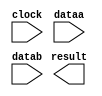
// megafunction wizard: %LPM_ADD_SUB%VBB%
// GENERATION: STANDARD
// VERSION: WM1.0
// MODULE: LPM_ADD_SUB 

// ============================================================
// Megafunction Name(s):
// 			LPM_ADD_SUB
//
// Simulation Library Files(s):
// 			lpm
// ============================================================
// ************************************************************
// THIS IS A WIZARD-GENERATED FILE. DO NOT EDIT THIS FILE!
//
// 11.0 Build 157 04/27/2011 SJ Full Version
// ************************************************************

//Copyright (C) 1991-2011 Altera Corporation
//Your use of Altera Corporation's design tools, logic functions 
//and other software and tools, and its AMPP partner logic 
//functions, and any output files from any of the foregoing 
//(including device programming or simulation files), and any 
//associated documentation or information are expressly subject 
//to the terms and conditions of the Altera Program License 
//Subscription Agreement, Altera MegaCore Function License 
//Agreement, or other applicable license agreement, including, 
//without limitation, that your use is for the sole purpose of 
//programming logic devices manufactured by Altera and sold by 
//Altera or its authorized distributors.  Please refer to the 
//applicable agreement for further details.

module lpm_add_sub1 (
	clock,
	dataa,
	datab,
	result);

	input	  clock;
	input	[14:0]  dataa;
	input	[14:0]  datab;
	output	[14:0]  result;

endmodule

// ============================================================
// CNX file retrieval info
// ============================================================
// Retrieval info: PRIVATE: CarryIn NUMERIC "0"
// Retrieval info: PRIVATE: CarryOut NUMERIC "0"
// Retrieval info: PRIVATE: ConstantA NUMERIC "0"
// Retrieval info: PRIVATE: ConstantB NUMERIC "0"
// Retrieval info: PRIVATE: Function NUMERIC "1"
// Retrieval info: PRIVATE: INTENDED_DEVICE_FAMILY STRING "Cyclone IV E"
// Retrieval info: PRIVATE: LPM_PIPELINE NUMERIC "2"
// Retrieval info: PRIVATE: Latency NUMERIC "1"
// Retrieval info: PRIVATE: Overflow NUMERIC "0"
// Retrieval info: PRIVATE: RadixA NUMERIC "10"
// Retrieval info: PRIVATE: RadixB NUMERIC "16"
// Retrieval info: PRIVATE: Representation NUMERIC "1"
// Retrieval info: PRIVATE: SYNTH_WRAPPER_GEN_POSTFIX STRING "0"
// Retrieval info: PRIVATE: ValidCtA NUMERIC "0"
// Retrieval info: PRIVATE: ValidCtB NUMERIC "0"
// Retrieval info: PRIVATE: WhichConstant NUMERIC "0"
// Retrieval info: PRIVATE: aclr NUMERIC "0"
// Retrieval info: PRIVATE: clken NUMERIC "0"
// Retrieval info: PRIVATE: nBit NUMERIC "15"
// Retrieval info: PRIVATE: new_diagram STRING "1"
// Retrieval info: LIBRARY: lpm lpm.lpm_components.all
// Retrieval info: CONSTANT: LPM_DIRECTION STRING "SUB"
// Retrieval info: CONSTANT: LPM_HINT STRING "ONE_INPUT_IS_CONSTANT=NO,CIN_USED=NO"
// Retrieval info: CONSTANT: LPM_PIPELINE NUMERIC "2"
// Retrieval info: CONSTANT: LPM_REPRESENTATION STRING "UNSIGNED"
// Retrieval info: CONSTANT: LPM_TYPE STRING "LPM_ADD_SUB"
// Retrieval info: CONSTANT: LPM_WIDTH NUMERIC "15"
// Retrieval info: USED_PORT: clock 0 0 0 0 INPUT NODEFVAL "clock"
// Retrieval info: USED_PORT: dataa 0 0 15 0 INPUT NODEFVAL "dataa[14..0]"
// Retrieval info: USED_PORT: datab 0 0 15 0 INPUT NODEFVAL "datab[14..0]"
// Retrieval info: USED_PORT: result 0 0 15 0 OUTPUT NODEFVAL "result[14..0]"
// Retrieval info: CONNECT: @clock 0 0 0 0 clock 0 0 0 0
// Retrieval info: CONNECT: @dataa 0 0 15 0 dataa 0 0 15 0
// Retrieval info: CONNECT: @datab 0 0 15 0 datab 0 0 15 0
// Retrieval info: CONNECT: result 0 0 15 0 @result 0 0 15 0
// Retrieval info: GEN_FILE: TYPE_NORMAL lpm_add_sub1.v TRUE
// Retrieval info: GEN_FILE: TYPE_NORMAL lpm_add_sub1.inc FALSE
// Retrieval info: GEN_FILE: TYPE_NORMAL lpm_add_sub1.cmp FALSE
// Retrieval info: GEN_FILE: TYPE_NORMAL lpm_add_sub1.bsf TRUE
// Retrieval info: GEN_FILE: TYPE_NORMAL lpm_add_sub1_inst.v FALSE
// Retrieval info: GEN_FILE: TYPE_NORMAL lpm_add_sub1_bb.v TRUE
// Retrieval info: LIB_FILE: lpm